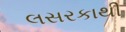
લસરકાથી